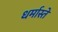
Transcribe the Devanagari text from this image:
धर्मास्ते